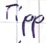
Text: Tipp